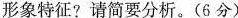
形象特征?请简要分析。(6分)